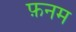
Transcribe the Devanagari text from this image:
फ़नम